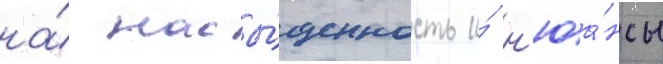
на́ насы́щенность и́ н'юа́нсы